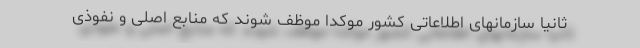
ثانیاً سازمانهای اطلاعاتی کشور موکداً موظف شوند که منابع اصلی و نفوذی